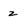
Character: z